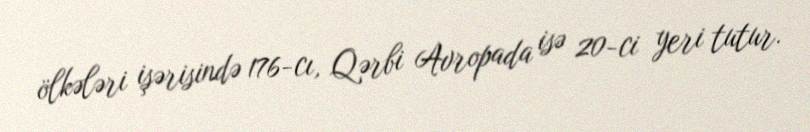
ölkələri işərisində 176-cı, Qərbi Avropada isə 20-ci yeri tutur.